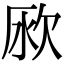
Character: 𣢭